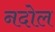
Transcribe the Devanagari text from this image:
नदोल